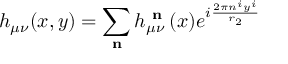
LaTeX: h _ { \mu \nu } ( x , y ) = \sum _ { { \textbf { n } } } h _ { \mu \nu } ^ { { \textbf { n } } } ( x ) e ^ { i \frac { 2 \pi n ^ { i } y ^ { i } } { r _ { 2 } } }